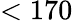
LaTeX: <170